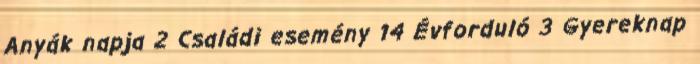
Anyák napja 2 Családi esemény 14 Évforduló 3 Gyereknap